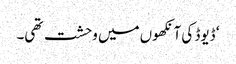
‘ ڈیوڈ کی آنکھوں میں وحشت تھی۔